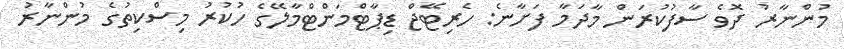
މުންނާރު ދޮވެ ސާފުކުރަން މާދަމާ ފަށާނެ: ހެރިޓޭޖް ޑިޕާޓްމަންޓްމާލޭގެ ހުކުރު މިސްކިތުގެ މުންނާރު